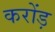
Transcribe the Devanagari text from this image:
करोंड़